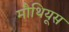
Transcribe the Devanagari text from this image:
मौथियूस